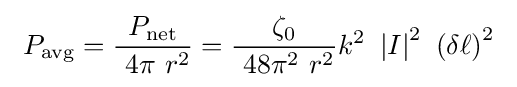
\ P_{\text{avg}}={\frac {P_{\text{net}}}{\ 4\pi \ r^{2}}}={\frac {\zeta _{0}}{\ 48\pi ^{2}\ r^{2}}}k^{2}\ \left|I\right|^{2}\ \left(\delta \ell \right)^{2}~